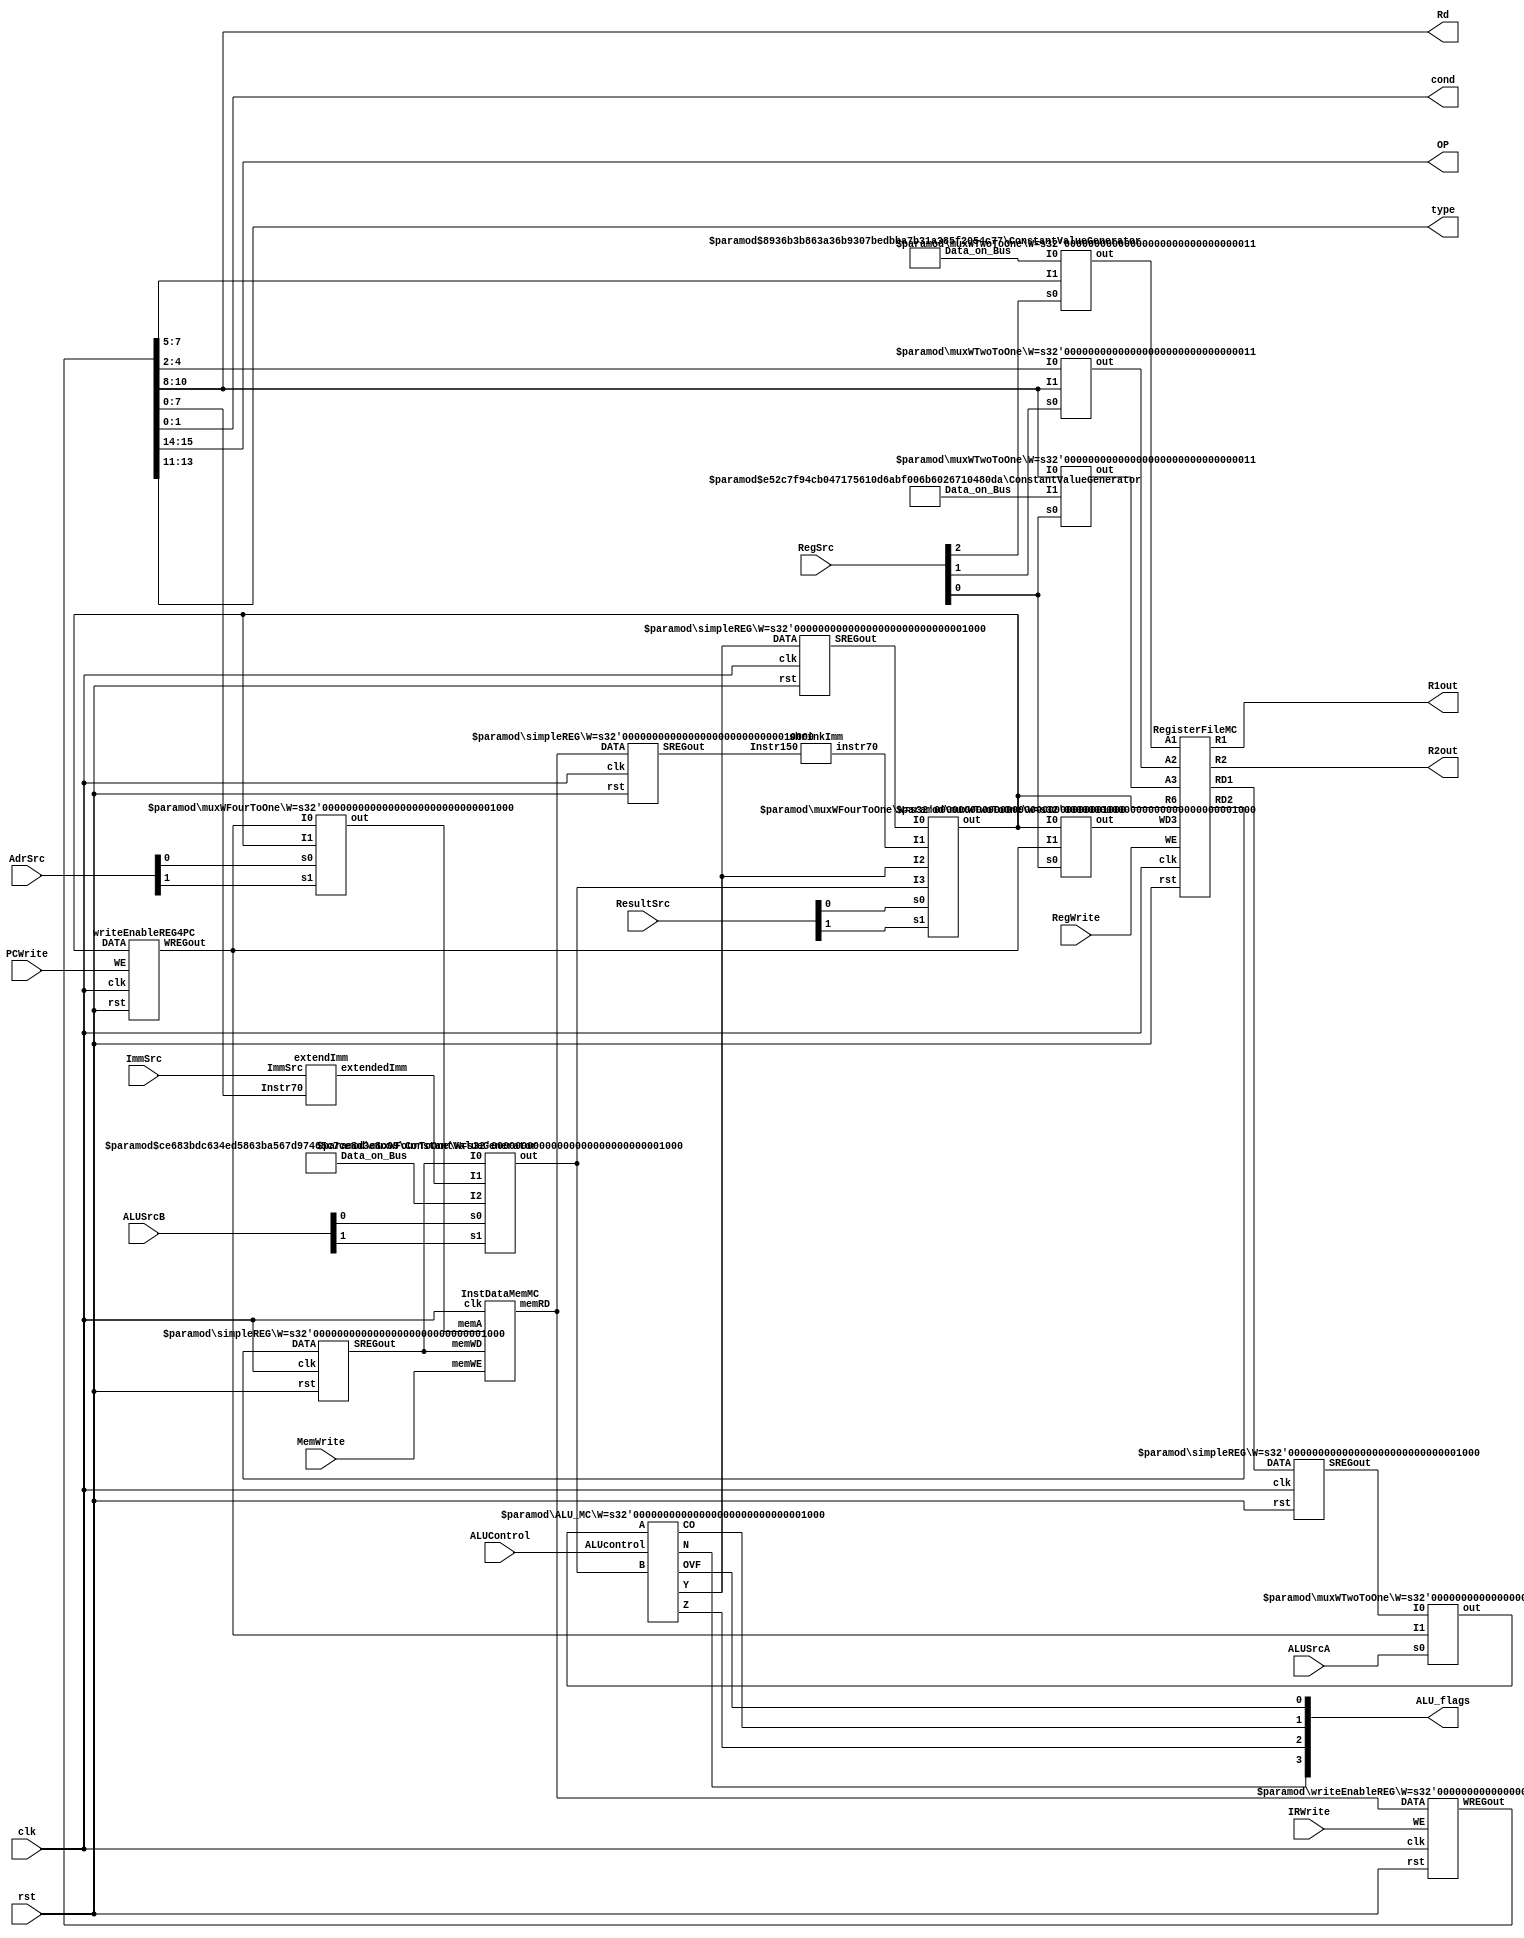
module multi_cycle_datapath(
	clk,
	rst,
	//control signal inputs
	PCWrite,
	MemWrite,
	IRWrite,
	ImmSrc,
	RegWrite,
	ALUSrcA,
	AdrSrc,
	ALUControl,
	ALUSrcB,
	RegSrc,
	ResultSrc,
	
	//desmostration purpose registers
	R1out,
	R2out,
	
	//controller inputs which is output for the datapath
	ALU_flags,
	cond,
	OP,
	type,
	Rd
	
);


input wire	clk;
input wire	rst;
input wire	PCWrite;
input wire	MemWrite;
input wire	IRWrite;
input wire	ImmSrc;
input wire	RegWrite;
input wire	ALUSrcA;
input wire	[1:0] AdrSrc;
input wire	[3:0] ALUControl;
input wire	[1:0] ALUSrcB;
input wire	[2:0] RegSrc;
input wire	[1:0] ResultSrc;

output wire	[7:0] R1out;
output wire	[7:0] R2out;

output wire [1:0]  cond;
output wire [1:0]  OP;
output wire [2:0]  type;
output wire	[3:0]  ALU_flags;
output wire [2:0]  Rd;



wire	[15:0] WREGout;
wire	[3:0] X;
wire	[7:0] SYNTHESIZED_WIRE_0;
wire	[7:0] SYNTHESIZED_WIRE_31;
wire	[7:0] SYNTHESIZED_WIRE_2;
wire	[7:0] SYNTHESIZED_WIRE_3;
wire	[7:0] SYNTHESIZED_WIRE_32;
wire	[2:0] SYNTHESIZED_WIRE_5;
wire	[2:0] SYNTHESIZED_WIRE_6;
wire	[7:0] SYNTHESIZED_WIRE_33;
wire	[7:0] SYNTHESIZED_WIRE_34;
wire	[7:0] SYNTHESIZED_WIRE_9;
wire	[15:0] SYNTHESIZED_WIRE_11;
wire	[2:0] SYNTHESIZED_WIRE_12;
wire	[2:0] SYNTHESIZED_WIRE_13;
wire	[2:0] SYNTHESIZED_WIRE_14;
wire	[7:0] SYNTHESIZED_WIRE_16;
wire	[7:0] SYNTHESIZED_WIRE_17;
wire	[7:0] SYNTHESIZED_WIRE_35;
wire	[7:0] SYNTHESIZED_WIRE_22;
wire	[7:0] SYNTHESIZED_WIRE_23;
wire	[7:0] SYNTHESIZED_WIRE_24;
wire	[7:0] SYNTHESIZED_WIRE_25;
wire	[15:0] SYNTHESIZED_WIRE_36;





InstDataMemMC	b2v_inst(
	.clk(clk),
	.memWE(MemWrite),
	.memA(SYNTHESIZED_WIRE_0),
	.memWD(SYNTHESIZED_WIRE_31),
	.memRD(SYNTHESIZED_WIRE_36));


simpleREG	b2v_inst10(
	.clk(clk),
	.rst(rst),
	.DATA(SYNTHESIZED_WIRE_2),
	.SREGout(SYNTHESIZED_WIRE_9));
	defparam	b2v_inst10.W = 8;


simpleREG	b2v_inst11(
	.clk(clk),
	.rst(rst),
	.DATA(SYNTHESIZED_WIRE_3),
	.SREGout(SYNTHESIZED_WIRE_31));
	defparam	b2v_inst11.W = 8;


simpleREG	b2v_inst12(
	.clk(clk),
	.rst(rst),
	.DATA(SYNTHESIZED_WIRE_32),
	.SREGout(SYNTHESIZED_WIRE_24));
	defparam	b2v_inst12.W = 8;


muxWTwoToOne	b2v_inst13(
	.s0(RegSrc[2]),
	.I0(SYNTHESIZED_WIRE_5),
	.I1(WREGout[7:5]),
	.out(SYNTHESIZED_WIRE_12));
	defparam	b2v_inst13.W = 3;


muxWTwoToOne	b2v_inst14(
	.s0(RegSrc[1]),
	.I0(WREGout[4:2]),
	.I1(WREGout[10:8]),
	.out(SYNTHESIZED_WIRE_13));
	defparam	b2v_inst14.W = 3;


muxWTwoToOne	b2v_inst15(
	.s0(RegSrc[0]),
	.I0(WREGout[10:8]),
	.I1(SYNTHESIZED_WIRE_6),
	.out(SYNTHESIZED_WIRE_14));
	defparam	b2v_inst15.W = 3;


muxWTwoToOne	b2v_inst16(
	.s0(RegSrc[0]),
	.I0(SYNTHESIZED_WIRE_33),
	.I1(SYNTHESIZED_WIRE_34),
	.out(SYNTHESIZED_WIRE_16));
	defparam	b2v_inst16.W = 8;


extendImm	b2v_inst17(
	.ImmSrc(ImmSrc),
	.Instr70(WREGout[7:0]),
	.extendedImm(SYNTHESIZED_WIRE_22));


muxWTwoToOne	b2v_inst18(
	.s0(ALUSrcA),
	.I0(SYNTHESIZED_WIRE_9),
	.I1(SYNTHESIZED_WIRE_34),
	.out(SYNTHESIZED_WIRE_17));
	defparam	b2v_inst18.W = 8;


shrinkImm	b2v_inst19(
	.Instr150(SYNTHESIZED_WIRE_11),
	.instr70(SYNTHESIZED_WIRE_25));


RegisterFileMC	b2v_inst2(
	.clk(clk),
	.rst(rst),
	.WE(RegWrite),
	.A1(SYNTHESIZED_WIRE_12),
	.A2(SYNTHESIZED_WIRE_13),
	.A3(SYNTHESIZED_WIRE_14),
	.R6(SYNTHESIZED_WIRE_33),
	.WD3(SYNTHESIZED_WIRE_16),
	.R1(R1out),
	.R2(R2out),
	.RD1(SYNTHESIZED_WIRE_2),
	.RD2(SYNTHESIZED_WIRE_3));


ConstantValueGenerator	b2v_inst20(
	.Data_on_Bus(SYNTHESIZED_WIRE_5));
	defparam	b2v_inst20.BUS_DATA = 3'b110;
	defparam	b2v_inst20.DATA_WIDTH = 3;


ConstantValueGenerator	b2v_inst21(
	.Data_on_Bus(SYNTHESIZED_WIRE_6));
	defparam	b2v_inst21.BUS_DATA = 3'b111;
	defparam	b2v_inst21.DATA_WIDTH = 3;


ConstantValueGenerator	b2v_inst22(
	.Data_on_Bus(SYNTHESIZED_WIRE_23));
	defparam	b2v_inst22.BUS_DATA = 3'b100;
	defparam	b2v_inst22.DATA_WIDTH = 8;


ALU_MC	b2v_inst3(
	.A(SYNTHESIZED_WIRE_17),
	.ALUcontrol(ALUControl),
	.B(SYNTHESIZED_WIRE_35),
	.N(X[3]),
	.Z(X[2]),
	.CO(X[1]),
	.OVF(X[0]),
	.Y(SYNTHESIZED_WIRE_32));
	defparam	b2v_inst3.W = 8;


muxWFourToOne	b2v_inst4(
	.s0(AdrSrc[0]),
	.s1(AdrSrc[1]),
	.I0(SYNTHESIZED_WIRE_34),
	.I1(SYNTHESIZED_WIRE_33),
	
	
	.out(SYNTHESIZED_WIRE_0));
	defparam	b2v_inst4.W = 8;


muxWFourToOne	b2v_inst5(
	.s0(ALUSrcB[0]),
	.s1(ALUSrcB[1]),
	.I0(SYNTHESIZED_WIRE_31),
	.I1(SYNTHESIZED_WIRE_22),
	.I2(SYNTHESIZED_WIRE_23),
	
	.out(SYNTHESIZED_WIRE_35));
	defparam	b2v_inst5.W = 8;


muxWFourToOne	b2v_inst6(
	.s0(ResultSrc[0]),
	.s1(ResultSrc[1]),
	.I0(SYNTHESIZED_WIRE_24),
	.I1(SYNTHESIZED_WIRE_25),
	.I2(SYNTHESIZED_WIRE_32),
	.I3(SYNTHESIZED_WIRE_35),
	.out(SYNTHESIZED_WIRE_33));
	defparam	b2v_inst6.W = 8;


writeEnableREG	b2v_inst7(
	.clk(clk),
	.rst(rst),
	.WE(IRWrite),
	.DATA(SYNTHESIZED_WIRE_36),
	.WREGout(WREGout));
	defparam	b2v_inst7.W = 16;


simpleREG	b2v_inst9(
	.clk(clk),
	.rst(rst),
	.DATA(SYNTHESIZED_WIRE_36),
	.SREGout(SYNTHESIZED_WIRE_11));
	defparam	b2v_inst9.W = 16;


writeEnableREG4PC	b2v_PCregister(
	.clk(clk),
	.rst(rst),
	.WE(PCWrite),
	.DATA(SYNTHESIZED_WIRE_33),
	.WREGout(SYNTHESIZED_WIRE_34));

	//assignment for the required controller inputs
assign	ALU_flags = X;
assign cond = WREGout[1:0];
assign OP = WREGout[15:14];
assign type = WREGout[13:11];
assign  Rd=WREGout[10:8];






endmodule
/*for the pc counter initialize with 0*/
module writeEnableREG4PC (DATA,clk,rst,WREGout,WE);
input rst,clk,WE;
input [7:0] DATA;
output reg [7:0] WREGout=8'b00000000;


always @(posedge clk)//due to sync reset issue
begin
	if(rst==1)
		begin
			WREGout<=0;
		end
	
	if(WE==1)
		begin
			WREGout<=DATA;
		end
			

end

endmodule






module ALU_MC #(parameter W=8) (ALUcontrol,A,B,Y,N,Z,CO,OVF);
//negative and zero bits are affected by ALU op
//CO and OVF are affected by arithmetics
input [3:0] ALUcontrol;
input [W-1:0] A,B;
output reg [W-1:0] Y; //output
output reg CO,OVF,N,Z; //cpsr
wire [W-1:0] Bcomp=~B; //bitwise not
wire [W-1:0] Acomp=~A; //bitwise not
reg E;
always @(*)
begin
	case(ALUcontrol)
	4'b0000: //add
	begin
		//update the overflow bit according to the signs
				{CO, Y} = A + B;
					if (A[W-1] ~^ B[W-1]) //if the signs are the same
						OVF = Y[W-1] ^ A[W-1];
					else
						OVF = 0;	
						
		
	end
	4'b0001: //subt a-b
	begin
//update the overflow bit according to the signs
					{CO, Y} = A + Bcomp+1;
					if ((A[W-1] ^ B[W-1]))
						OVF = Y[W-1] ^ A[W-1];
					else
						OVF = 0;
	end
	4'b0010: 
	begin   
			Y=A&B;   //and
			CO=0;
			OVF=0;

	end
	
		4'b0011: 
	begin   
	
			Y=A|B;   //or
			CO=0;
			OVF=0;
	
			
	end
		
		4'b0100: 
	begin   
	
			Y=A^B;   //xor
			CO=0;
			OVF=0;
	
			
	end
	
	4'b0101: 
	begin   
	
			Y=0;   //clear
			CO=0;
			OVF=0;
	
			
	end
	
	4'b0110: 
	begin   
	
			Y={A[6:0],A[7]};   //rol
			CO=0;
			OVF=0;
	
			
	end
	
		4'b0111: 
	begin   
	
			Y={A[0],A[7:1]};   //ror
			CO=0;
			OVF=0;
	
			
	end
	
	
	4'b1000:  //shift left lsl
	begin
		   Y=A<<1;
			CO=0;
			OVF=0;
	end

	4'b1001:  //shift right lsr
	begin
			Y=A>>1;
			CO=0;
			OVF=0;
	end

	
	4'b1010:	
	begin
			Y={A[7],A[7:1]};   //arithmetic shift right
			CO=0;
			OVF=0;
	end
	
	
	endcase
end


always @(*)
begin
		N = Y[W-1];
		Z = ~|Y;
end

endmodule

module extendImm
(
//data,shift no needfor the extendedImm
//memory inst imm5 for the ldr and str
//memory inst imm8 for the immediate
//branch no need to extend
//input port
input  	  ImmSrc,
input  	  [7:0]	Instr70, 
//output port
output    [7:0]  extendedImm
);
//ImmSrc 1 no change
//ImmSrc 0 imm5
assign extendedImm=ImmSrc ? Instr70 :{3'b0,Instr70[4:0]};


endmodule

//DATA MEMORY

 module InstDataMemMC  
 (  	// input ports
      input                clk,  
      input     [7:0]      memA,//memory address according to the address write or read occur    
      input     [7:0]      memWD,//memory write data, it specifies the memory data which can be written  
      input                memWE,//memory write enable  
      // output port 
      output    [15:0]      memRD  
 );  
      
		
      reg 		 [15:0] 		 DATAmem  [255:0]; 	
		
		//also maximum PC value is 252
		//however PC values are 0-4-8...252
		//memWD values are extended to 16 bits 
		//initialize the memory
	
		integer i;  
      initial
		  begin  
				//instructionMemory initialization
				//we have 16 bits in the memORY it is used instruction
				//instructions

				/*	DATAmem[0]	=  16'b0010_0010_0010_0000;//and  r2=r1&r0 
					DATAmem[4]	=  16'b0110_0001_0010_0000;//lsr r1= lsr r1					
					DATAmem[8]	=  16'b0101_0001_0010_0000;//lsl r1= lsl r1
					DATAmem[12]	=  16'b0101_0001_0010_0000;//lsl r1= lsl r1
					DATAmem[16]	=  16'b0101_0001_0010_0000;//lsl r1= lsl r1
					DATAmem[20]	=  16'b0101_0001_0010_0000;//lsl r1= lsl r1
					DATAmem[24]	=  16'b0110_0001_0010_0000;//lsr r1= lsr r1*/
					DATAmem[0]	=  16'b0010_0010_0010_0000;//and  r2=r1&r0 
					DATAmem[4]	=  16'b1101_1000_0001_1100; //beq even_case then branch 40
					//beq will be added
					DATAmem[8]	=  16'b0110_0001_0010_0000;//lsr r1= lsr r1		
					DATAmem[12]	=  16'b0100_0001_0010_0000;//rol r1=rol r1
					DATAmem[16]	=  16'b0100_0001_0010_0000;//rol r1=rol r1
					DATAmem[20]	=  16'b0100_0001_0010_0000;//rol r1=rol r1
					DATAmem[24]	=  16'b0100_0001_0010_0000;//rol r1=rol r1
					DATAmem[28]	=  16'b1100_0000_0001_1100; //b jump pc+8+imm8(28)=64					

							
//even_case	
					DATAmem[40]	=  16'b0110_0001_0010_0000;//lsr r1= lsr r1					
					DATAmem[44]	=  16'b0101_0001_0010_0000;//lsl r1= lsl r1
					DATAmem[48]	=  16'b0101_0001_0010_0000;//lsl r1= lsl r1
					DATAmem[52]	=  16'b0101_0001_0010_0000;//lsl r1= lsl r1
					DATAmem[56]	=  16'b0101_0001_0010_0000;//lsl r1= lsl r1
					DATAmem[60]	=  16'b0110_0001_0010_0000;//lsr r1= lsr r1
//jump			
					DATAmem[64]	=  16'b1111_1111_1111_1111;
					
					
					
					
					
					
//data memory initialization
//data initialization
//instructions at the 0 4 8 12 ... 252 therefore others can be assigned randomly
           for(i=0;i<256;i=i+1)  
			  begin
					if(i%3'd4!=0)
						begin
							DATAmem[i] = i; 
						end
			  end
                
		  end  
			/*	
		initial begin
		$readmemh("memory.txt",DATAmem,0,255);
		end 
					*/
    

		//memory write operation
      always @(posedge clk) begin  
           if (memWE)  
			  begin
               DATAmem[memA] = {8'b0,memWD};//extended value is stored the memory 
			  end 
			  else
			  begin
			  //nothing
			  end
      end 
		
      assign memRD = DATAmem[memA]; //it provides the data which is specified by the address  
		
 endmodule  
 
 
 
/*
Implement a W-bit 2 to 1 and a W-bit 4 to 1 multiplexers, where W is a parameter specifying the
data width of the input.
*/
module muxWFourToOne #(parameter W=1)(s0,s1,I0,I1,I2,I3,out);

input s0;
input s1;
input [W-1:0] I0;
input [W-1:0] I1;
input [W-1:0] I2;
input [W-1:0] I3;

output reg [W-1:0] out;
wire [1:0] sel ={s1,s0};



always @(s0 or s1 or I0 or I1 or I2 or I3)
	begin
		 case (sel)
		 2'b00 : out = I0; 
		 2'b01 : out = I1; 
		 2'b10 : out = I2; 
		 2'b11 : out = I3; 
		 endcase
	end

endmodule



/*
Implement a W-bit 2 to 1 and a W-bit 4 to 1 multiplexers, where W is a parameter specifying the
data width of the input.
*/
module muxWTwoToOne #(parameter W=1)(s0,I1,I0,out);

input [W-1:0] I1;
input [W-1:0] I0;
input s0;
output [W-1:0] out;

assign out=s0 ? I1 : I0;

endmodule



module RegisterFileMC
 (   //input ports
      input                    clk,  
      input                    rst,  
      input                    WE,  //write enable signal
      input          [2:0]     A1 ,  
		input          [2:0]     A2,  
		input          [2:0]     A3,  
      input          [7:0]    WD3,  
      //output ports 
      output         [7:0]    RD1,    
      output         [7:0]    RD2,
		
		//demostration purposes
		output         [7:0]    R1,    
      output         [7:0]    R2,
		
		input 			[7:0]	   R6
 );  
      
		
		reg     			[7:0]    register_R [7:0]; //8 bits width and 8 bits length  
   
      always @ (posedge clk or posedge rst) begin  
		
           if(rst) begin  
			      //general purpose registers
               register_R[0] = 8'b00000001; //for detect 0 or not
					register_R[1] = 8'b10110111; //odd number 
					register_R[2] = 8'b0;
					register_R[3] = 8'b00001111; //15
					register_R[4] = 8'b00011111; //31
					register_R[5] = 8'b00111111; //63
					
					
					//link register
					register_R[7] = 8'b0;
					
					//pc represent the r6
					
           end  
			  
           else 
			  begin  
                if(WE) 
					 begin
                     register_R[A3] <= WD3;  //if WE is equal to 1 then corresponding register is written
                end  
           end  
			  
      end  
      assign RD1 = (A1==3'b110) ? R6:register_R[A1];  //read data 1
      assign RD2 = register_R[A2];  //read data 2
		assign R1 = register_R[1]; 
      assign R2 = register_R[2]; 
 endmodule   

 module shrinkImm
(

input  	 [15:0]	Instr150, 
//output port
output    [7:0]  instr70
);

assign instr70=Instr150[7:0];


endmodule
 

//it creates the constant value
module ConstantValueGenerator #(parameter DATA_WIDTH = 1,parameter BUS_DATA = 0) ( 
//port declerations
output wire [DATA_WIDTH-1:0] Data_on_Bus 
);
//assign DATA_BUS to the bus
assign Data_on_Bus [DATA_WIDTH-1:0]=BUS_DATA;

endmodule

module simpleREG #(parameter W=1) (DATA,clk,rst,SREGout);
input rst,clk;
input [W-1:0] DATA;
output reg [W-1:0] SREGout;


always @(posedge clk)
begin
	if(rst==1)
		begin
			SREGout<=0;
		end
	else
		begin
		
			SREGout<=DATA;
		end

end

endmodule


module writeEnableREG #(parameter W=1) (DATA,clk,rst,WREGout,WE);
input rst,clk,WE;
input [W-1:0] DATA;
output reg [W-1:0] WREGout;


always @(posedge clk)//due to sync reset issue
begin
	if(rst==1)
		begin
			WREGout<=0;
		end
	else
		begin
		
			if(WE==1)
				begin
					WREGout<=DATA;
				end
			
		end

end

endmodule